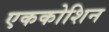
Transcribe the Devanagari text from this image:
एककोशिन